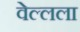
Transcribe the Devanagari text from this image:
वेल्लला